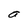
Character: a